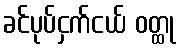
ခင်ပုပ်ငှက်ငယ် ဝတ္ထု